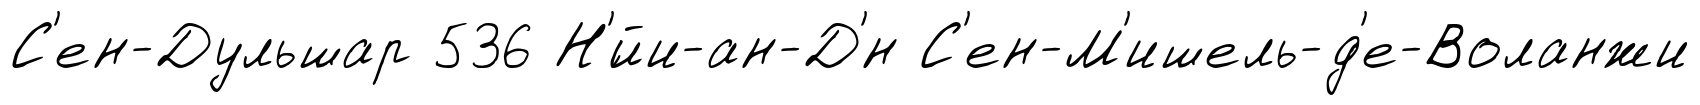
С'ен-Дульшар 536 Н'́йи-ан-Д'́н С'ен-М'ишель-д'е-Воланжи